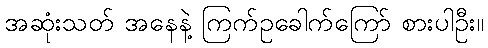
အဆုံးသတ် အနေနဲ့ ကြက်ဥခေါက်ကြော် စားပါဦး။